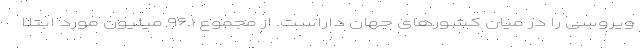
ویروسی را در میان کشورهای جهان داراست. از مجموع ۹۶.۱ میلیون مورد ابتلا